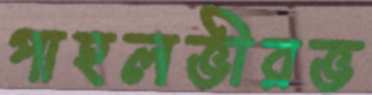
পাহলভীরভ